Scientific memoirs by medical officers of the Army of India - Part II,
Year: 1886
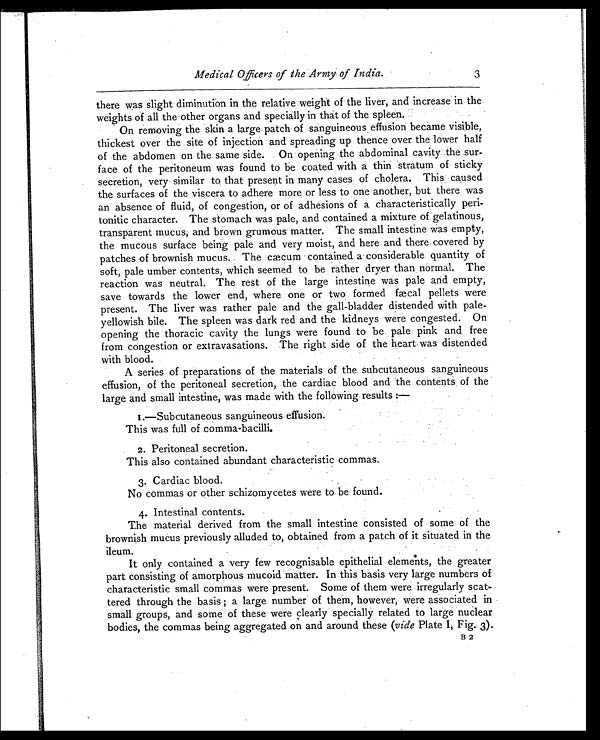
Medical Officers of the Army of India.
3
there was slight diminution in the relative weight of the liver, and increase in the
weights of all the other organs and specially in that of the spleen.
On removing the skin a large patch of sanguineous effusion became visible,
thickest over the site of injection and spreading up thence over the lower half
of the abdomen on the same side. On opening the abdominal cavity the sur-
face of the peritoneum was found to be coated with a thin stratum of sticky
secretion, very similar to that present in many cases of cholera. This caused
the surfaces of the viscera to adhere more or less to one another, but there was
an absence of fluid, of congestion, or of adhesions of a characteristically peri-
tonitic character. The stomach was pale, and contained a mixture of gelatinous,
transparent mucus, and brown grumous matter. The small intestine was empty,
the mucous surface being pale and very moist, and here and there covered by
patches of brownish mucus. The cæcum contained a considerable quantity of
soft, pale umber contents, which seemed to be rather dryer than normal. The
reaction was neutral. The rest of the large intestine was pale and empty,
save towards the lower end, where one or two formed fæcal pellets were
present. The liver was rather pale and the gall-bladder distended with pale-
yellowish bile. The spleen was dark red and the kidneys were congested. On
opening the thoracic cavity the lungs were found to be pale pink and free
from congestion or extravasations. The right side of the heart was distended
with blood.
A series of preparations of the materials of the subcutaneous sanguineous
effusion, of the peritoneal secretion, the cardiac blood and the contents of the
large and small intestine, was made with the following results :—
1. —Subcutaneous sanguineous effusion.
This was full of comma-bacilli.
2. Peritoneal secretion.
This also contained abundant characteristic commas.
3. Cardiac blood.
No commas or other schizomycetes were to be found.
4. Intestinal contents.
The material derived from the small intestine consisted of some of the
brownish mucus previously alluded to, obtained from a patch of it situated in the
ileum.
It only contained a very few recognisable epithelial elements, the greater
part consisting of amorphous mucoid matter. In this basis very large numbers of
characteristic small commas were present. Some of them were irregularly scat-
tered through the basis ; a large number of them, however, were associated in
small groups, and some of these were clearly specially related to large nuclear
bodies, the commas being aggregated on and around these ( vide Plate I, Fig. 3).
B 2